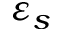
\varepsilon _ { s }